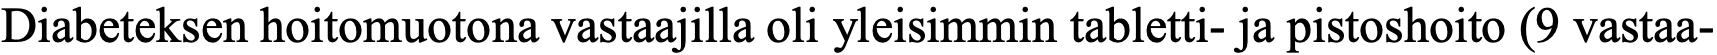
Diabeteksen hoitomuotona vastaajilla oli yleisimmin tabletti- ja pistoshoito (9 vastaa-